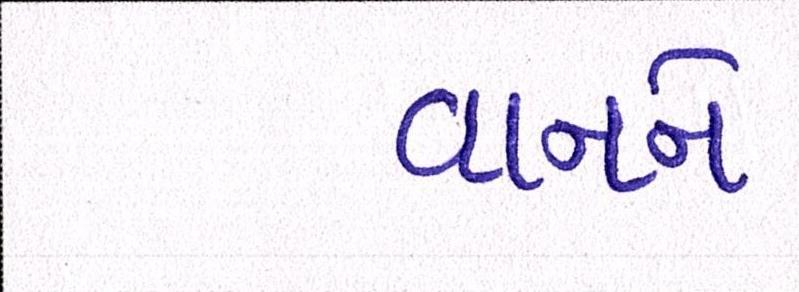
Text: વાનને